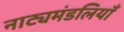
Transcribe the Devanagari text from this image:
नाट्यमंडलियाँ